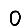
Digit: 0